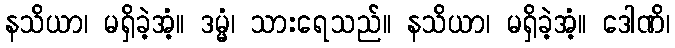
နသိယာ၊ မရှိခဲ့အံ့။ ဒမ္မံ၊ သားရေသည်။ နသိယာ၊ မရှိခဲ့အံ့။ ဒေါဏိ၊